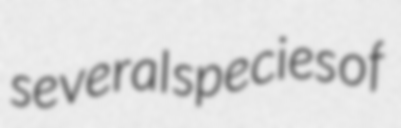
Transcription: several species of